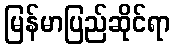
မြန်မာပြည်ဆိုင်ရာ